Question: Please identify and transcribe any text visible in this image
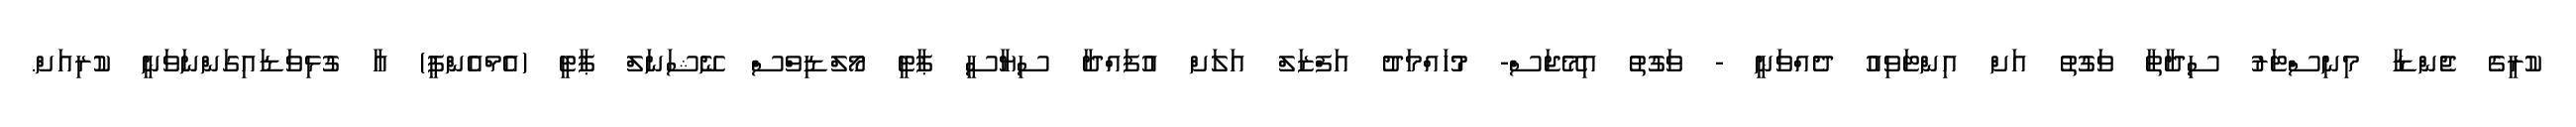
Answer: ކުރީގެ ޖެންޑާ މިނިސްޓަރު ސިދާތާ ވަގުތު އަށް އިންޓަވިއު ދެއްވަނީ - ވަގުތު އިމޭޖަސް- މުހައްމަދު އަފްޒަލް އަލަށް އުފައްދާ ސިޔާސީ ޕާޓީ މޯލްޑިވްސް ނޭޝަނަލް ޕާޓީ (އެމްއެންޕީ) އާ ގުޅިވަޑައިގަންނަވަނީ ކުރިއަށް.